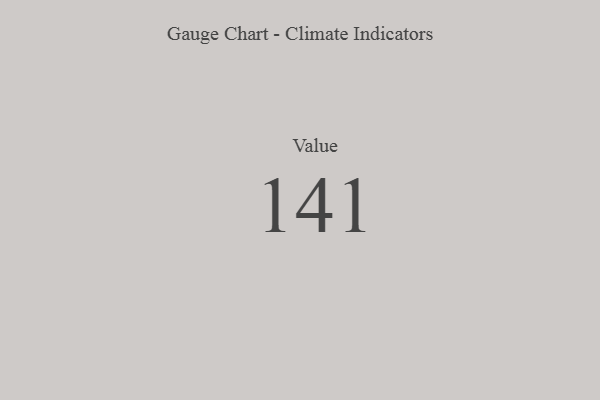
{"axis": {"x": "Metric", "y": "Value"}, "legend": [""], "data": [{"x": "Value", "y": 141, "type": ""}]}